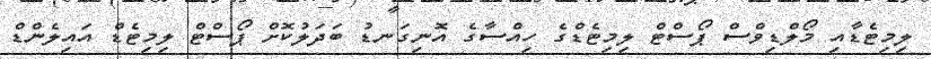
ލިމިޓެޑާއި މޯލްޑިވްސް ޕޯސްޓް ލިމިޓެޑްގެ ހިއްސާގެ އޮނިގަނޑު ބަދަލުކޮށް ޕޯސްޓް ލިމިޓެޑް އައިލެންޑް